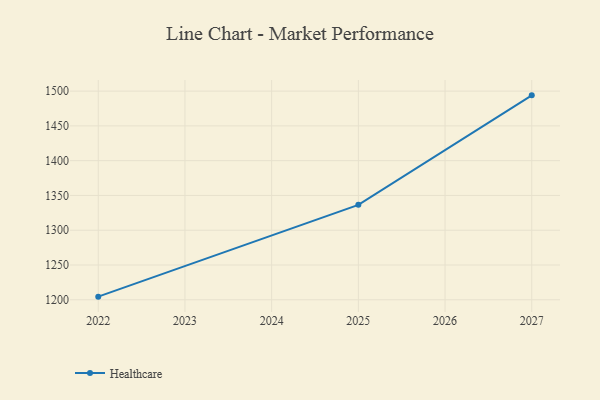
{"axis": {"x": "Year", "y": "Humidity (%)"}, "legend": ["Healthcare"], "data": [{"x": "2027", "y": 1493.9, "type": "Healthcare"}, {"x": "2025", "y": 1336.5, "type": "Healthcare"}, {"x": "2022", "y": 1204.5, "type": "Healthcare"}]}